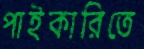
পাইকারিতে